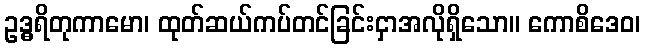
ဥဒ္ဓရိတုကာမော၊ ထုတ်ဆယ်ကပ်တင်ခြင်းငှာအလိုရှိသော။ ကောစိဒေဝ၊